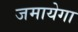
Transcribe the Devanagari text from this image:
जमायेगा